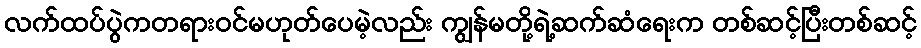
လက်ထပ်ပွဲကတရားဝင်မဟုတ်ပေမဲ့လည်း ကျွန်မတို့ရဲ့ဆက်ဆံရေးက တစ်ဆင့်ပြီးတစ်ဆင့်